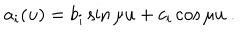
LaTeX: a _ { i } ( u ) = b _ { i } \sin \mu u + c _ { i } \cos \mu u ~ .